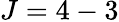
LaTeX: J=4-3